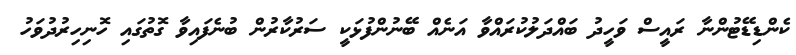
ކެންޑިޑޭޓުންނާ ރައީސް ވަހީދު ބައްދަލުކުރައްވާ އަނެއް ބޭނުންފުޅަކީ ސަރުކާރުން ބުނެފައިވާ ގޮތުގައި ހޮނިހިރުދުވަހު